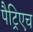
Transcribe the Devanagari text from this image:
पैट्रिएच